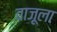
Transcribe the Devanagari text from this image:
वाजूला